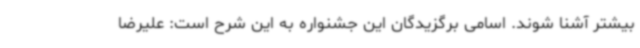
بیشتر آشنا شوند. اسامی برگزیدگان این جشنواره به این شرح است: علیرضا